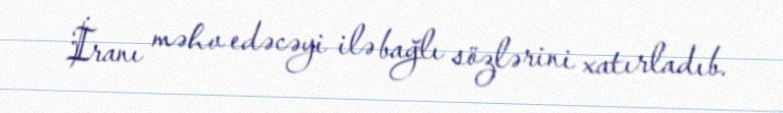
İranı məhv edəcəyi ilə bağlı sözlərini xatırladıb.